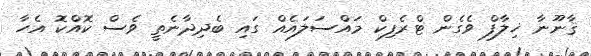
ޤާނޫނާ ޚިލާފް ވެގެން ޓްރެފިކް މައްސަލައެއް ގައި ބެދިދާނެތީ ވެސް ކޮއްކޮ އެހާ